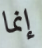
إنما